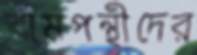
বামপন্থীদের